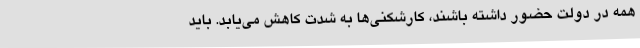
همه در دولت حضور داشته باشند، کارشکنی‌ها به شدت کاهش می‌یابد. باید